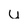
Character: u